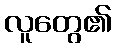
လူတွေ၏